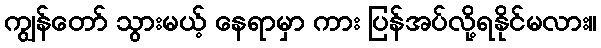
ကျွန်တော် သွားမယ့် နေရာမှာ ကား ပြန်အပ်လို့ရနိုင်မလား။